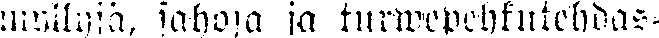
myllyjä, sahoja ja turwepehkutehdas-